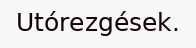
Utórezgések.